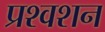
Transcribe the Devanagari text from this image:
प्रश्वशन